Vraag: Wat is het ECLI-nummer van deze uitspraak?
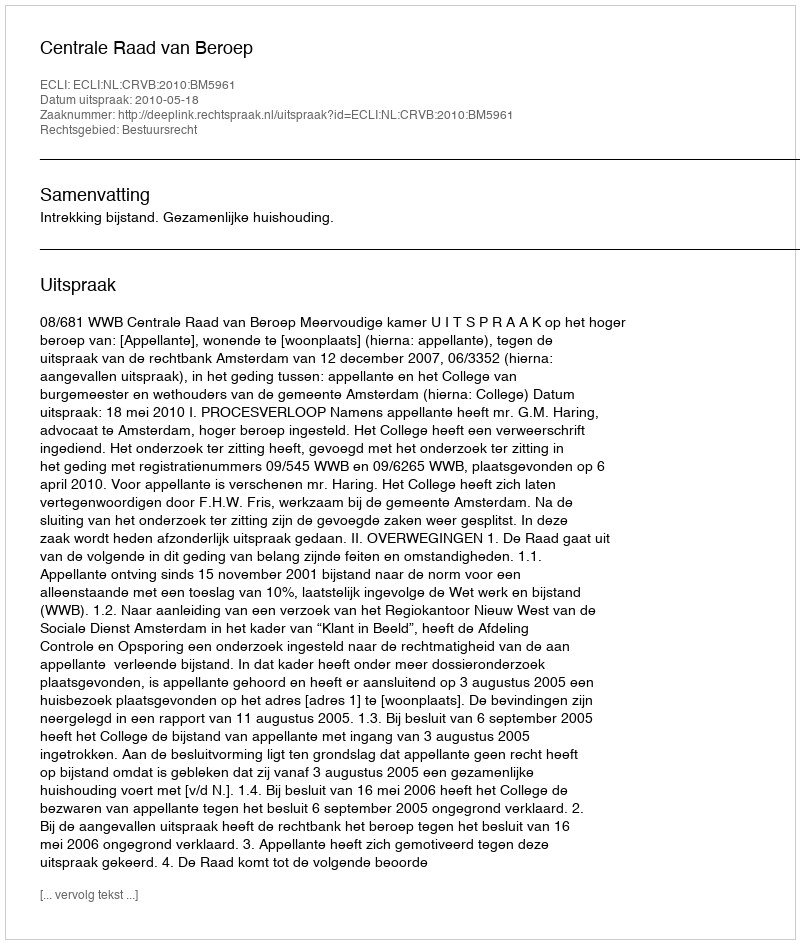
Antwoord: ECLI:NL:CRVB:2010:BM5961